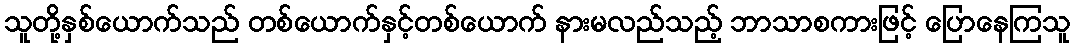
သူတို့နှစ်ယောက်သည် တစ်ယောက်နှင့်တစ်ယောက် နားမလည်သည့် ဘာသာစကားဖြင့် ပြောနေကြသူ